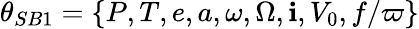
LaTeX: \theta_{SB1}=\{ P,T,e,a,\omega,\Omega,\mathbf{i},V_{0},f/\varpi\}